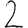
Digit: 2